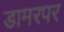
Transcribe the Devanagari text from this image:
डामरपर